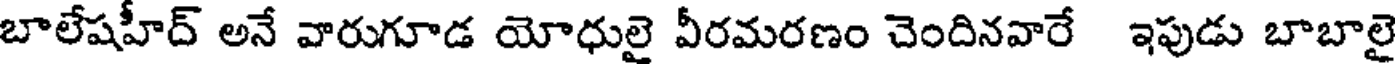
బాలేషహీద్ అనే వారుగూడ యోధులై వీరమరణం చెందినవారే ఇపుడు బాబాలై